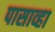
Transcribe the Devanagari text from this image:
पासाव्हा